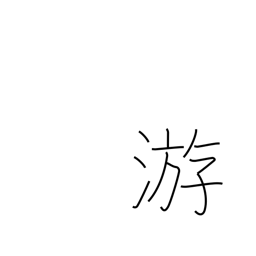
Meaning: float